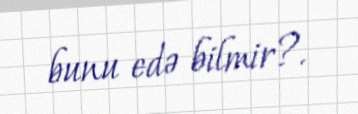
bunu edə bilmir?.